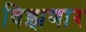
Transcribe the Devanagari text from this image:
विझणार